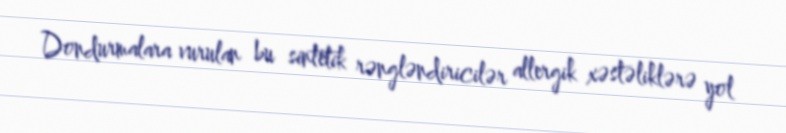
Dondurmalara vurulan bu sintetik rəngləndiricilər allergik xəstəliklərə yol